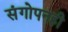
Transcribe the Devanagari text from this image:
संगोपनही